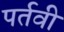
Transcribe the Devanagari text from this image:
पर्तवी